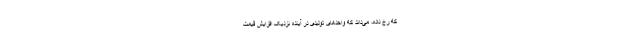
که رخ داده، می‌داند که واحدهای تولیدی در آینده نزدیک افزایش قیمت